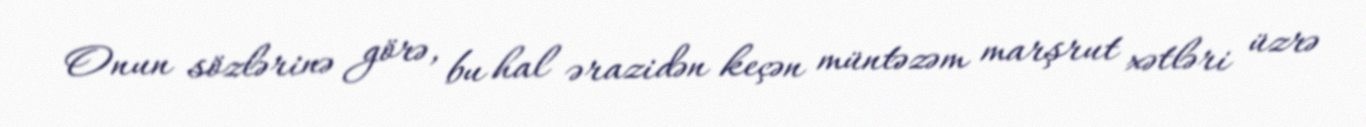
Onun sözlərinə görə, bu hal ərazidən keçən müntəzəm marşrut xətləri üzrə